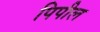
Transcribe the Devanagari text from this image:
पिपील